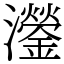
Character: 灐